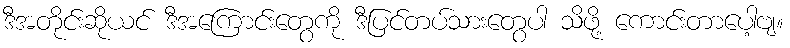
ဒီအတိုင်းဆိုယင် ဒီအကြောင်းတွေကို ဒီပြင်တပ်သားတွေပါ သိဖို့ ကောင်းတာပေါ့ဗျ။